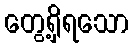
တွေ့ရှိရသော